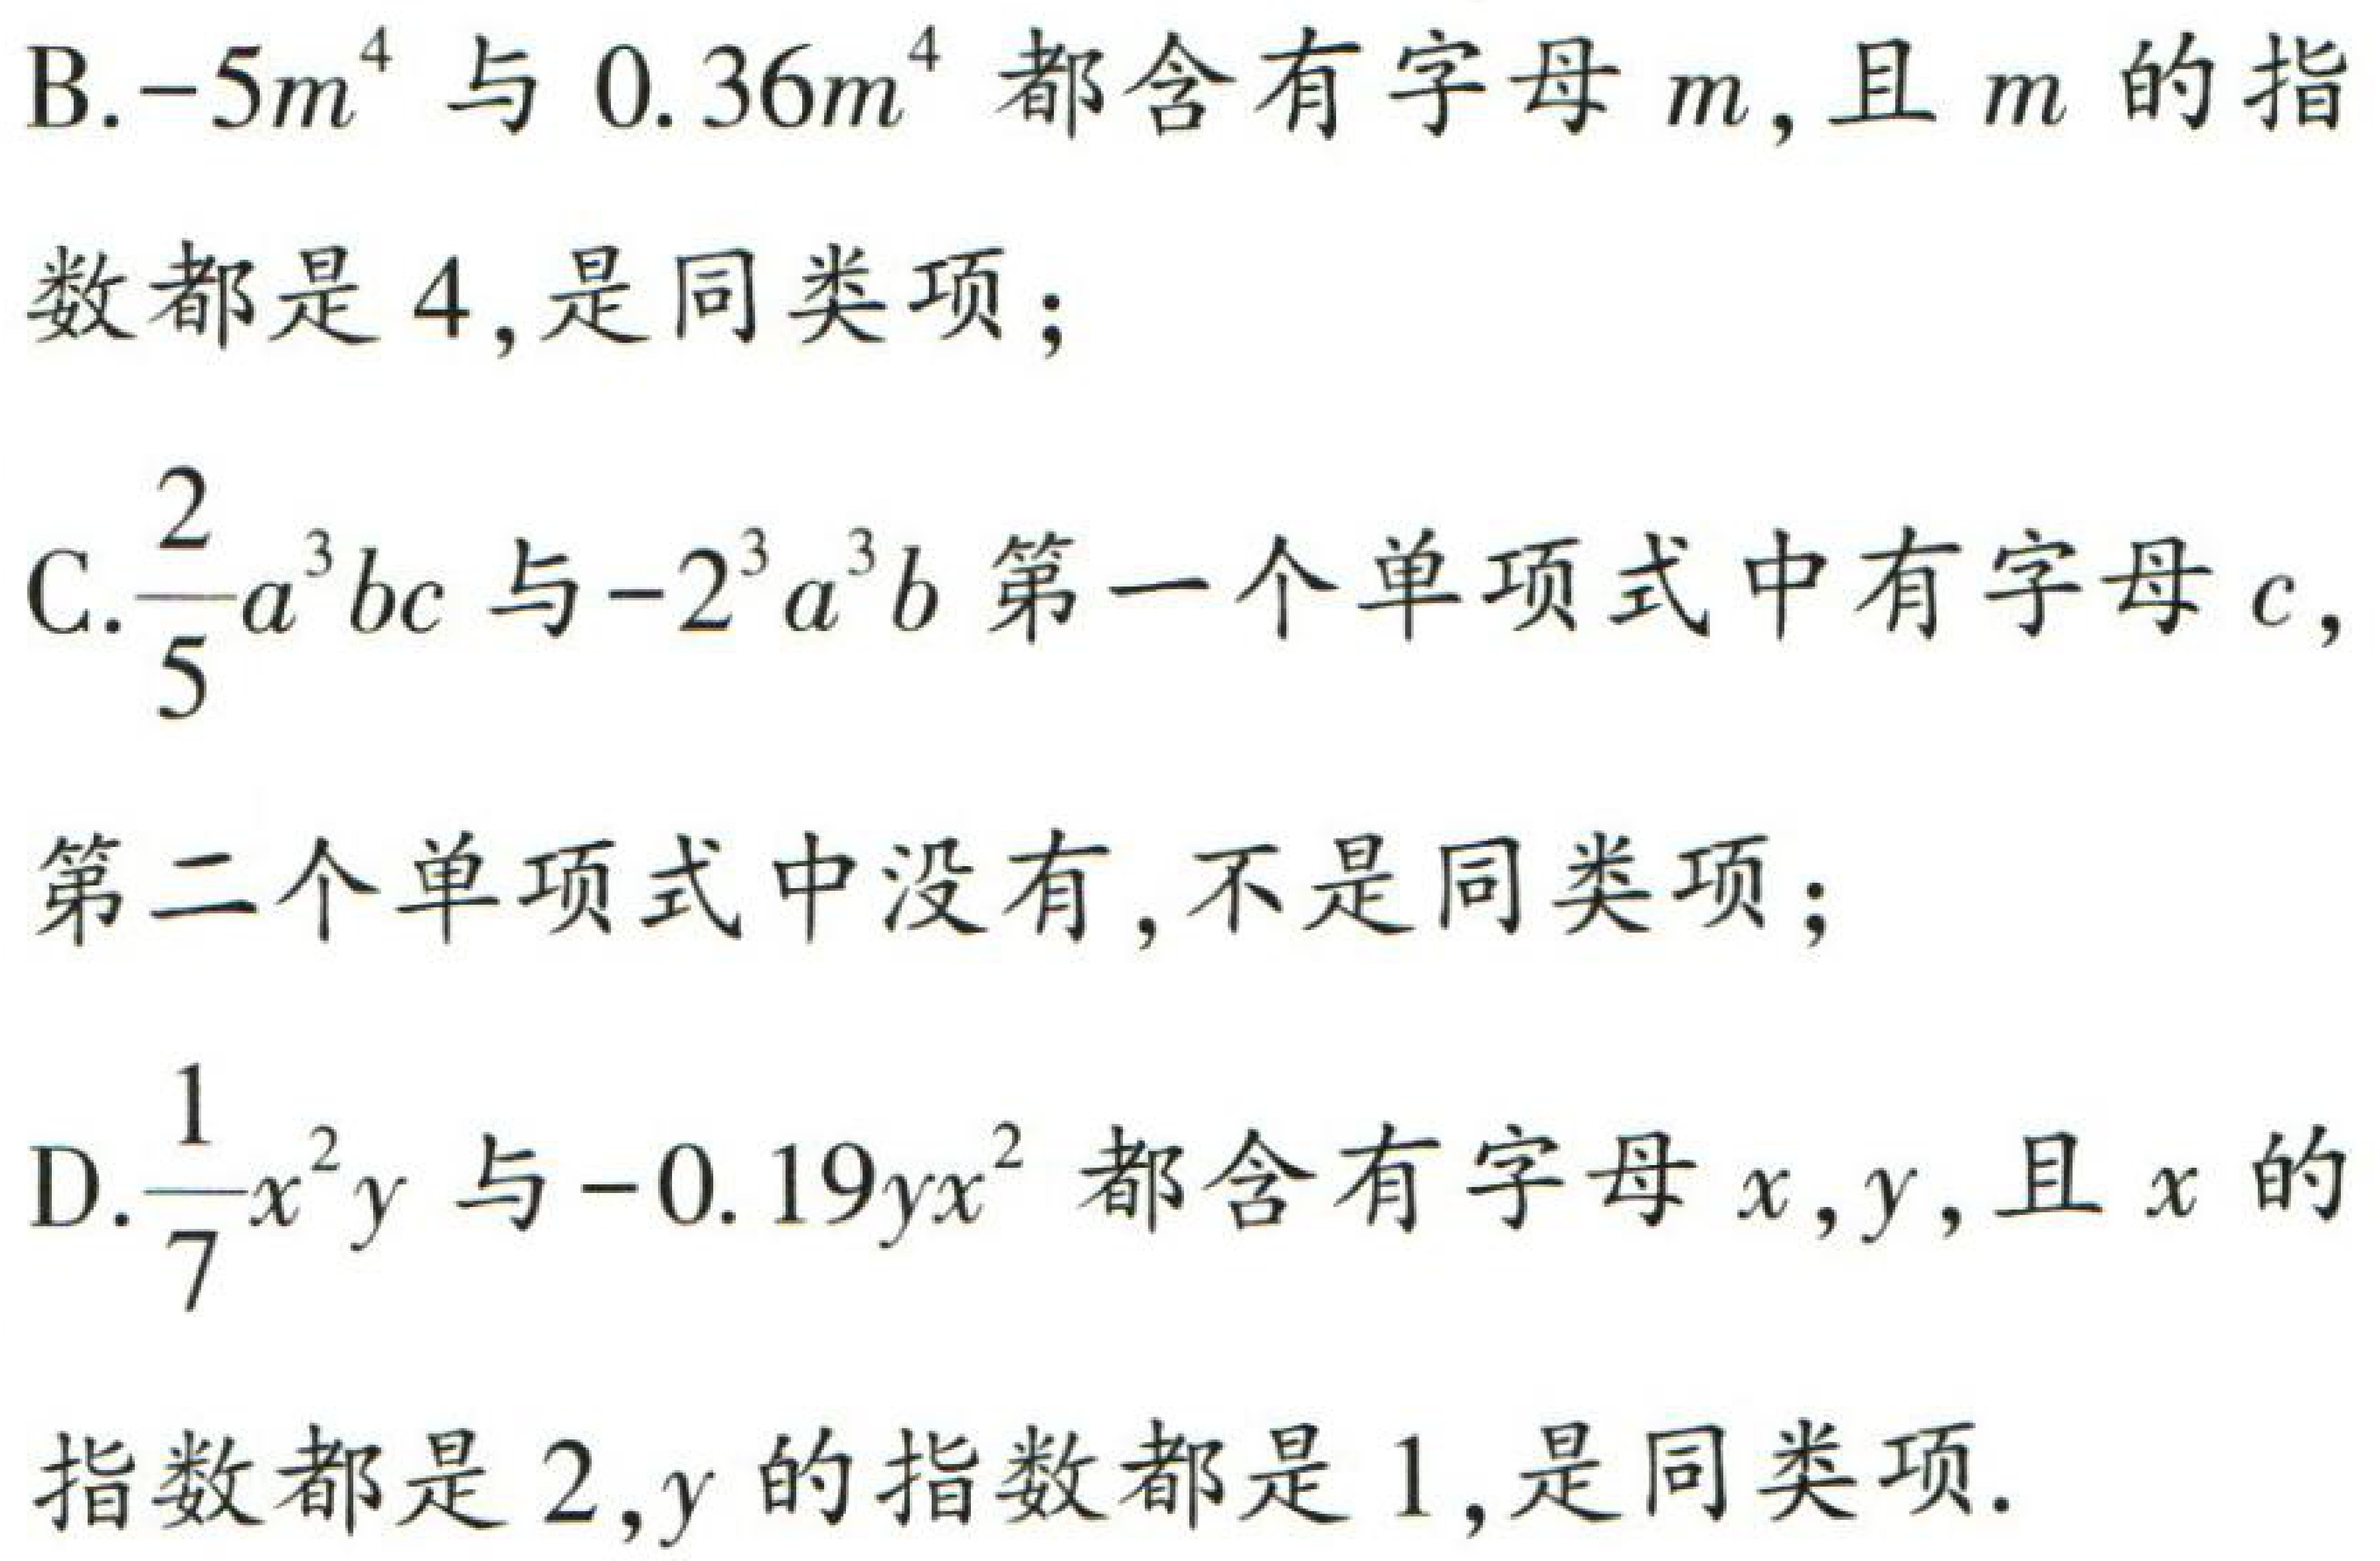
B.$-5m^{4}$与$0.36m^{4}$都含有字母$m$,且$m$的指

数都是$4$,是同类项；

C.$\frac{2}{5}a^{3}bc$与$-2^{3}a^{3}b$第一个单项式中有字母$c$,

第二个单项式中没有,不是同类项；

D.$\frac{1}{7}x^{2}y$与$-0.19yx^{2}$都含有字母$x,y$,且$x$的

指数都是$2$,$y$的指数都是$1$,是同类项.